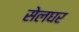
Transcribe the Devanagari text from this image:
सेलघर